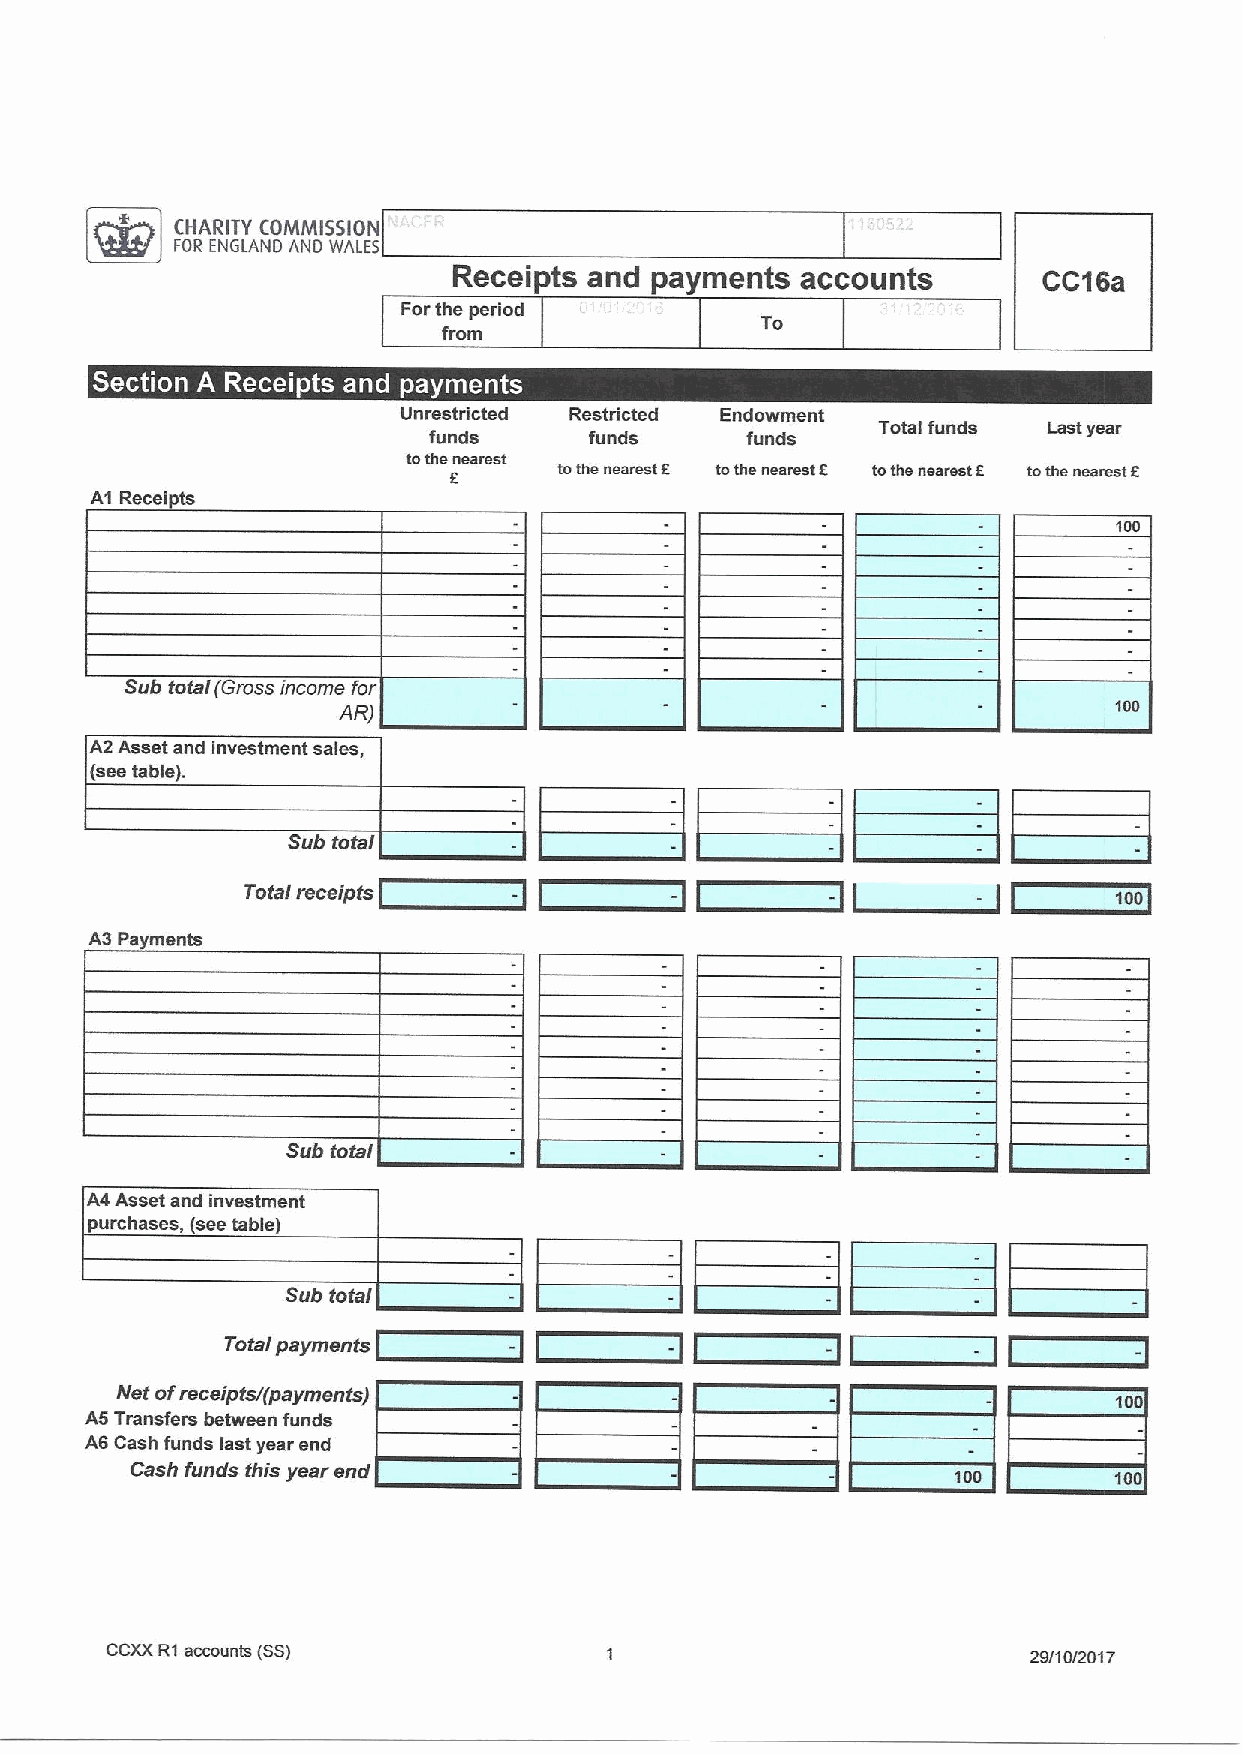
D
 CHARITY COMMISSION
 FOR ENGLAND AND WALES
 Receipts and payments  accounts        CC16a
 Forthe period
 To
 from
 '         .    .
 -
 ~        ~    ~ ~
 Unrestricted Restricted Endowment
 Total funds Last year
 funds      funds     funds
 tothe fnearest tothe nearest r. tothe nearest f tothe nearest f tothe nesnet f
 A1 Receipts
 100
 Sub total (Gross income for
 100
 AR)
 A2 Asset and investment sales
 (see table).
 Sub total
 Total receipts    -         -          -         -        100
 A3 Payments
 Sub total
 A4 Asset and investment
 purchases, (see table)
 Sub total
 Total payments
 Net ofreceiptsl(payments)
 100
 A5 Transfers between funds
 A6 Cash funds last year end
 Cash funds this year end                              100        100
 CCXXR1accounts (SS)
 29/10/2017